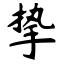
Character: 挚